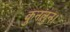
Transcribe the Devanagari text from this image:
कुनलुन।